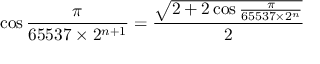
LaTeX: \cos { \frac { \pi } { 6 5 5 3 7 \times 2 ^ { n + 1 } } } = { \frac { \sqrt { 2 + 2 \cos { \frac { \pi } { 6 5 5 3 7 \times 2 ^ { n } } } } } { 2 } }